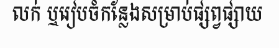
លក់ ឬរៀបចំកន្លែងសម្រាប់ផ្សព្វផ្សាយ